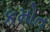
કમોત